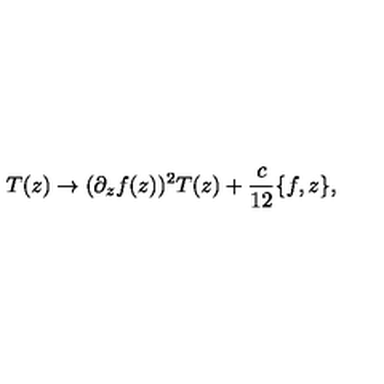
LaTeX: T ( z ) \rightarrow ( \partial _ { z } f ( z ) ) ^ { 2 } T ( z ) + \frac { c } { 1 2 } \{ f , z \} ,